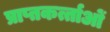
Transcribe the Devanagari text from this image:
प्राप्तकर्त्ताओं